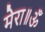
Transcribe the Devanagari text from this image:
मेरा॥ॐ